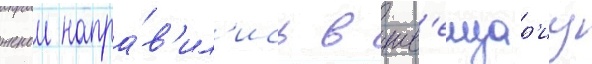
женои напра́в'ил'ись в шв'еицар'иу